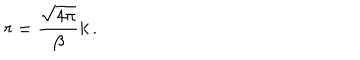
r = \frac { \sqrt { 4 \pi } } { \beta } k \, .